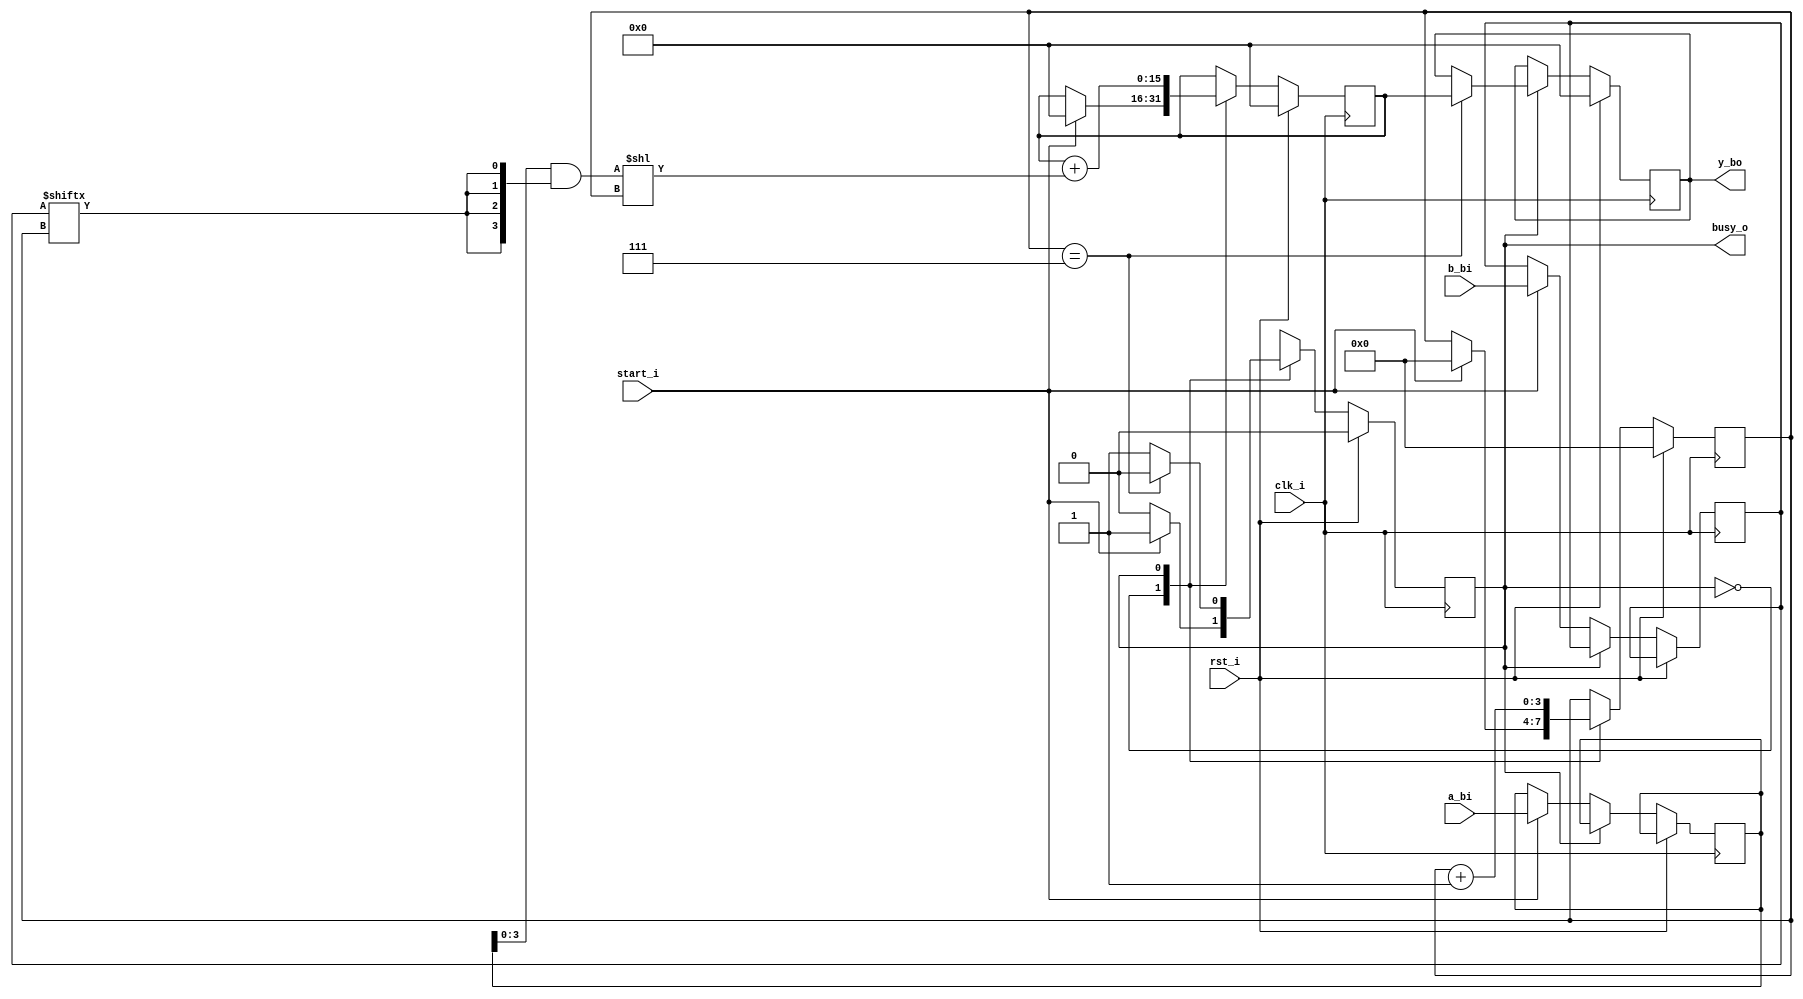
`timescale 1ns / 1ps

module mul(
    input clk_i,
    input rst_i,
    input [7:0] a_bi,
    input [7:0] b_bi,
    input start_i, 
    output busy_o,
    output reg [15:0] y_bo 
);

    localparam IDLE = 1'b0;
    localparam WORK = 1'b1;
    
    reg [3:0] ctr;
    wire [3:0] end_step;
    wire [3:0] part_sum;
    wire [15:0] shifted_part_sum;
    reg [7:0] a, b;
    reg [15:0] part_res;
    reg state;
    reg state_next;
    
    assign part_sum = a & {8{b[ctr]}};
    assign shifted_part_sum = part_sum << ctr;
    assign end_step = (ctr == 3'd7); //to do fix
    assign busy_o = state;
    
    always @(posedge clk_i)
        if (rst_i) begin
            state <= IDLE;
        end else begin
            state <= state_next;
        end
    
    always @* begin
        case(state)
            IDLE: state_next = (start_i) ? WORK : IDLE; 
            WORK: state_next = (end_step) ? IDLE : WORK;
        endcase
    end
    
    always @(posedge clk_i)
        if (rst_i) begin
            ctr <= 0;
            part_res <= 0;
            y_bo <= 0;
        end else begin
            case (state)
                IDLE:
                    if (start_i) begin
                        a <= a_bi;
                        b <= b_bi;
                        ctr <= 0;
                        part_res <= 0;
                    end
                WORK:
                    begin
                        if (end_step) begin 
                            y_bo <= part_res;
                        end
                        
                        part_res <= part_res + shifted_part_sum;
                        ctr <= ctr + 1;
                    end
            endcase 
        end
endmodule